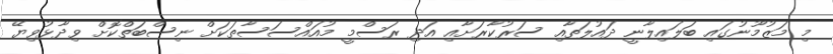
މި މަޒުމޫނުގައި ބަލައިލާނީ ދައުލަތާއި ސަރުކާރަށާއި އަދި ރަސްމީ މުއައްސަސާތަކަށް ނިސްބަތްކޮށް ވިދާޅުވިޔޭ